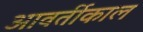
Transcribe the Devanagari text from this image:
आवर्तीकाल